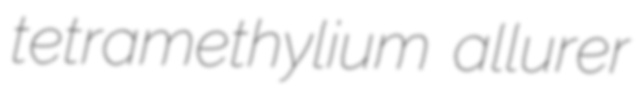
tetramethylium allurer